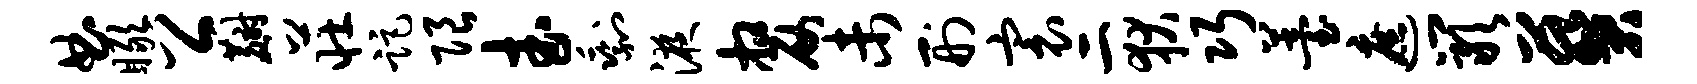
曲瞰公麝庄距限武剩液嫠未刑寰二狄巧薹遮岩葵